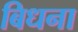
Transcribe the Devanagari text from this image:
बिधना